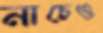
নাচেও